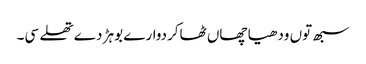
سبھ توں ودھیا چھاں ٹھاکردوارے بوہڑ دے تھلے سی۔